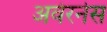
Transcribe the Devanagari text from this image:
अवेरनेस